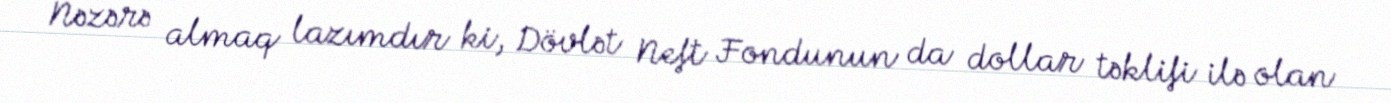
Nəzərə almaq lazımdır ki, Dövlət Neft Fondunun da dollar təklifi ilə olan